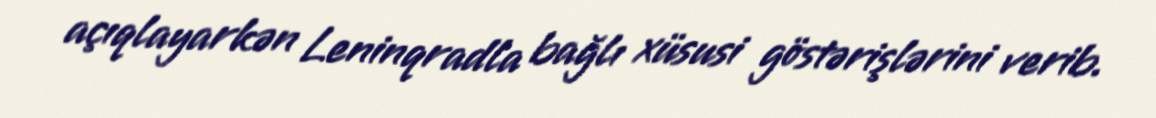
açıqlayarkən Leninqradla bağlı xüsusi göstərişlərini verib.